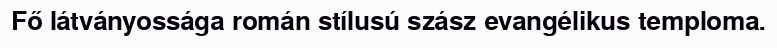
Fő látványossága román stílusú szász evangélikus temploma.